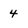
Character: 4